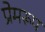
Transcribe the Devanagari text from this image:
प्रेमरूप